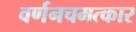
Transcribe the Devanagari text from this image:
वर्णनचमत्कार